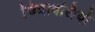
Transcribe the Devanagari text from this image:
चित्रावलियाँ